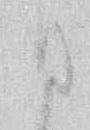
ひ